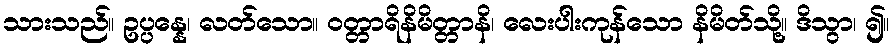
သားသည်။ ဥပ္ပန္နေ၊ လတ်သော။ ဝတ္တာရိနိမိတ္တာနိ၊ လေးပါးကုန်သော နိမိတ်သို့။ ဒိသွာ၊ ၍။